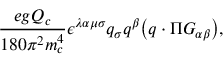
\frac { e g Q _ { c } } { 1 8 0 \pi ^ { 2 } m _ { c } ^ { 4 } } \epsilon ^ { \lambda \alpha \mu \sigma } q _ { \sigma } q ^ { \beta } \bigl ( q \cdot \Pi G _ { \alpha \beta } \bigr ) ,